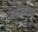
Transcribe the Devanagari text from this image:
वढावकर